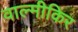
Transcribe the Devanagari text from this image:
वाल्मीकिर